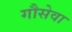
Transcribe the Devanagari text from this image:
गौसेवा